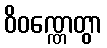
ဝိဝဏ္ဏေတွာ